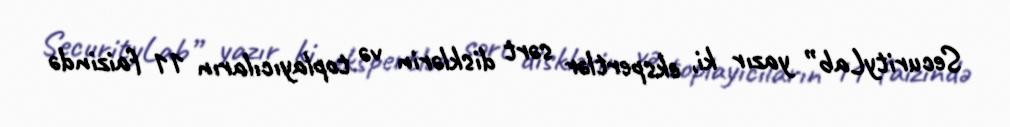
SecurityLab” yazır ki, ekspertlər sərt disklərin və toplayıcıların 11 faizində